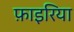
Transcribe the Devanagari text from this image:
फ़ाइरिया